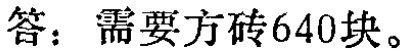
答：需要方砖640块。